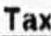
TAX